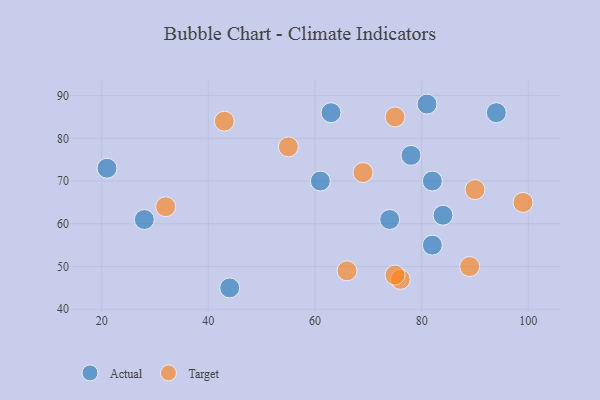
{"axis": {"x": "GDP", "y": "Life Expectancy"}, "legend": ["Actual", "Target"], "data": [{"x": "44", "y": 45, "type": "Actual"}, {"x": "84", "y": 62, "type": "Actual"}, {"x": "28", "y": 61, "type": "Actual"}, {"x": "81", "y": 88, "type": "Actual"}, {"x": "82", "y": 70, "type": "Actual"}, {"x": "82", "y": 55, "type": "Actual"}, {"x": "61", "y": 70, "type": "Actual"}, {"x": "94", "y": 86, "type": "Actual"}, {"x": "63", "y": 86, "type": "Actual"}, {"x": "74", "y": 61, "type": "Actual"}, {"x": "78", "y": 76, "type": "Actual"}, {"x": "21", "y": 73, "type": "Actual"}, {"x": "76", "y": 47, "type": "Target"}, {"x": "32", "y": 64, "type": "Target"}, {"x": "89", "y": 50, "type": "Target"}, {"x": "43", "y": 84, "type": "Target"}, {"x": "75", "y": 85, "type": "Target"}, {"x": "66", "y": 49, "type": "Target"}, {"x": "69", "y": 72, "type": "Target"}, {"x": "99", "y": 65, "type": "Target"}, {"x": "75", "y": 48, "type": "Target"}, {"x": "90", "y": 68, "type": "Target"}, {"x": "55", "y": 78, "type": "Target"}]}